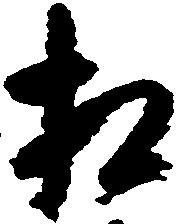
相